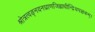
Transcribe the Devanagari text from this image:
श्रोत्रत्वङ्नयनघ्राणजिह्वाधीन्द्रियपञ्चकम्।